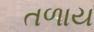
તળાય